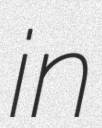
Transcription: in